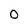
Character: 0